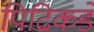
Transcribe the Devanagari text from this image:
पिढिकडे